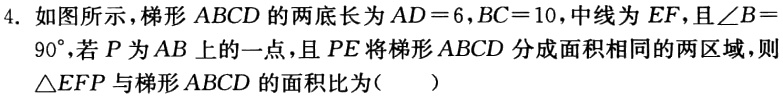
4. 如图所示，梯形 \(ABCD\) 的两底长为 \(AD = 6\)，\(BC = 10\)，中线为 \(EF\)，且\(\angle B=90^{\circ}\)，若 \(P\) 为 \(AB\) 上的一点，且 \(PE\) 将梯形 \(ABCD\) 分成面积相同的两区域，则\(\triangle EFP\) 与梯形 \(ABCD\) 的面积比为（  ）